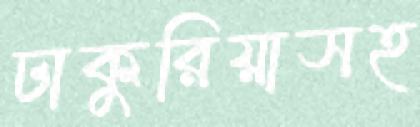
ঢাকুরিয়াসহ